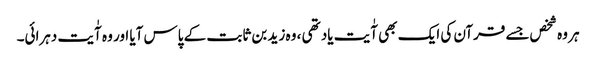
ہر وہ شخص‌جسے قرآن کی ایک بھی آٰیت یاد تھی ، وہ زید بن ثابت کے پاس آیا اور وہ آٰیت دہرائی۔